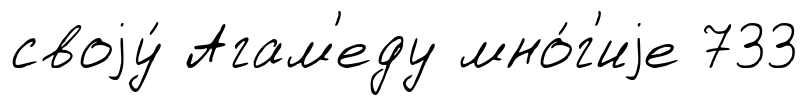
своjу́ Агам'еду мно́г'иjе 733